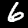
Digit: 6